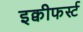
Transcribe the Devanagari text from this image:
इक्वीफर्स्ट